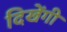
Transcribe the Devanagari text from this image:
दिखेंगी